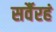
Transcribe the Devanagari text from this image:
सर्वैरहं